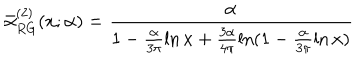
\bar { \alpha } _ { R G } ^ { ( 2 ) } ( x ; \alpha ) = \frac { \alpha } { 1 - \frac { \alpha } { 3 \pi } \ln x + \frac { 3 \alpha } { 4 \pi } \ln ( 1 - \frac { \alpha } { 3 \pi } \ln x ) }